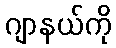
ဂျာနယ်ကို